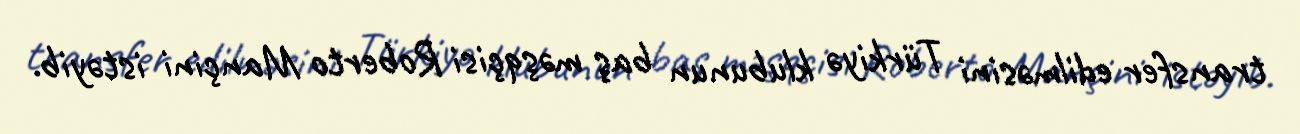
transfer edilməsini Türkiyə klubunun baş məşqçisi Roberto Mançini istəyib.